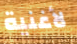
لأغنية